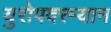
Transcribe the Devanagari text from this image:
युरोपदरम्यान